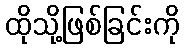
ထိုသို့ဖြစ်ခြင်းကို